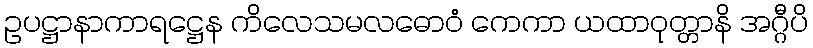
ဥပဋ္ဌာနာကာရဋ္ဌေန ကိလေသမလဓောဝံ ကေကာ ယထာဝုတ္တာနိ အဂ္ဂီပိ